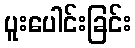
ပူးပေါင်းခြင်း